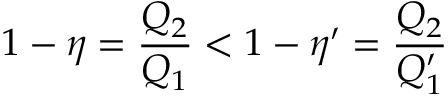
1 - \eta = \frac { Q _ { 2 } } { Q _ { 1 } } < 1 - \eta ^ { \prime } = \frac { Q _ { 2 } } { Q _ { 1 } ^ { \prime } }